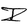
Character: I